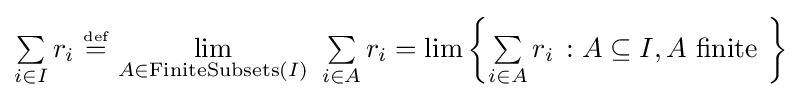
{\textstyle \textstyle \sum \limits _{i\in I}r_{i}~{\stackrel {\scriptscriptstyle {\text{def}}}{=}}~{\textstyle \lim \limits _{A\in \operatorname {FiniteSubsets} (I)}}\ \textstyle \sum \limits _{i\in A}r_{i}=\lim \left\{\textstyle \sum \limits _{i\in A}r_{i}\,:A\subseteq I,A{\text{ finite }}\right\}}